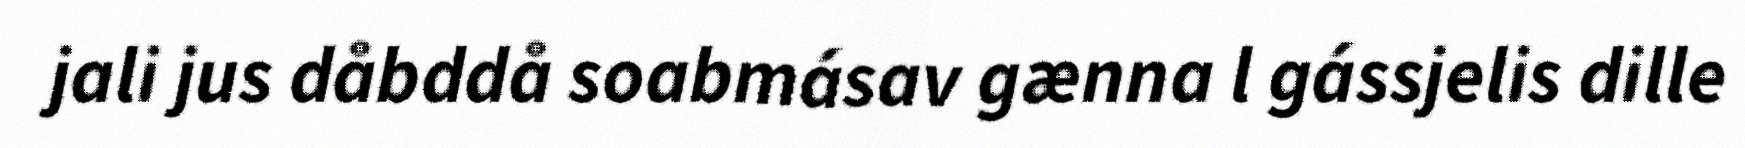
jali jus dåbddå soabmásav gænna l gássjelis dille